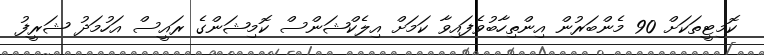
ކޮމިޓީތަކަށް 90 މެންބަރުން އިންތިހާބުވެފައިވާ ކަމަށް އިލެކްޝަންސް ކޮމިޝަންގެ ރައީސް އަހުމަދު ޝަރީފު